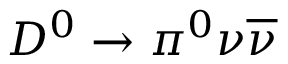
D ^ { 0 } \to \pi ^ { 0 } \nu \overline { { \nu } }